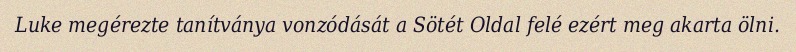
Luke megérezte tanítványa vonzódását a Sötét Oldal felé ezért meg akarta ölni.